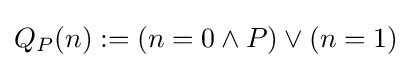
Q_{P}(n):=(n=0\land P)\lor (n=1)